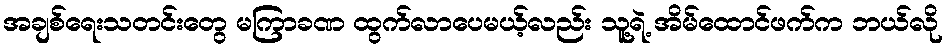
အချစ်ရေးသတင်းတွေ မကြာခဏ ထွက်လာပေမယ့်လည်း သူ့ရဲ့ အိမ်ထောင်ဖက်က ဘယ်လို